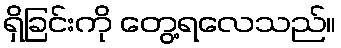
ရှိခြင်းကို တွေ့ရလေသည်။